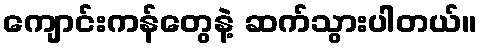
ကျောင်းကန်တွေနဲ့ ဆက်သွားပါတယ်။